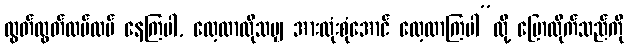
လွတ်လွတ်လပ်လပ် နေကြပါ, လေ့လာလိုသမျှ အားလုံးစုံအောင် လေ့လာကြပါ”လို့ ပြောလိုက်သည်ကို